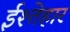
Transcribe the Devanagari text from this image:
ईश्तेहार